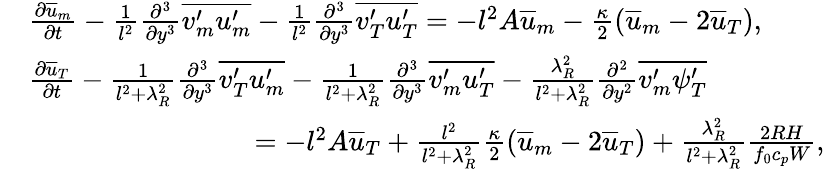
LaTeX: \begin{array}{rl}&{\frac{\partial\overline{{u}}_{m}}{\partial t}-\frac{1}{l^{2}}\frac{\partial^{3}}{\partial y^{3}}\overline{{v_{m}^{\prime}u_{m}^{\prime}}}-\frac{1}{l^{2}}\frac{\partial^{3}}{\partial y^{3}}\overline{{v_{T}^{\prime}u_{T}^{\prime}}}=-l^{2}A\overline{{u}}_{m}-\frac{\kappa}{2}(\overline{{u}}_{m}-2\overline{{u}}_{T}),}\\ &{\frac{\partial\overline{{u}}_{T}}{\partial t}-\frac{1}{l^{2}+\lambda_{R}^{2}}\frac{\partial^{3}}{\partial y^{3}}\overline{{v_{T}^{\prime}u_{m}^{\prime}}}-\frac{1}{l^{2}+\lambda_{R}^{2}}\frac{\partial^{3}}{\partial y^{3}}\overline{{v_{m}^{\prime}u_{T}^{\prime}}}-\frac{\lambda_{R}^{2}}{l^{2}+\lambda_{R}^{2}}\frac{\partial^{2}}{\partial y^{2}}\overline{{v_{m}^{\prime}\psi_{T}^{\prime}}}}\\ &{\qquad\qquad\qquad\qquad=-l^{2}A\overline{{u}}_{T}+\frac{l^{2}}{l^{2}+\lambda_{R}^{2}}\frac{\kappa}{2}(\overline{{u}}_{m}-2\overline{{u}}_{T})+\frac{\lambda_{R}^{2}}{l^{2}+\lambda_{R}^{2}}\frac{2RH}{f_{0}c_{p}W},}\end{array}